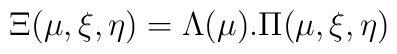
\Xi(\mu, \xi, \eta ) =  \Lambda(\mu) . \Pi(\mu, \xi, \eta)